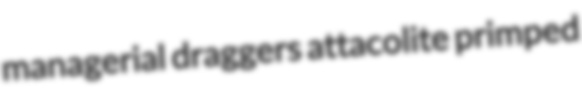
managerial draggers attacolite primped